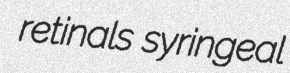
retinals syringeal